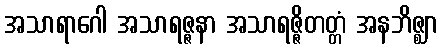
အသာရာဂေါ အသာရဇ္ဇနာ အသာရဇ္ဇိတတ္တံ အနဘိဇ္ဈာ